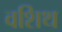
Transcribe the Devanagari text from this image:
वशिथ